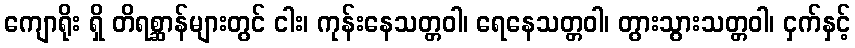
ကျောရိုး ရှိ တိရစ္ဆာန်များတွင် ငါး၊ ကုန်းနေသတ္တဝါ၊ ရေနေသတ္တဝါ၊ တွားသွားသတ္တဝါ၊ ငှက်နှင့်